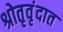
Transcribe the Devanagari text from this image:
श्रोतृवृंदात